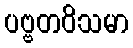
ပဗ္ဗတဝိသမာ